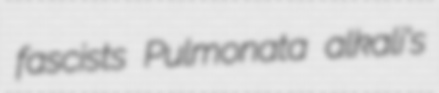
fascists Pulmonata alkali's